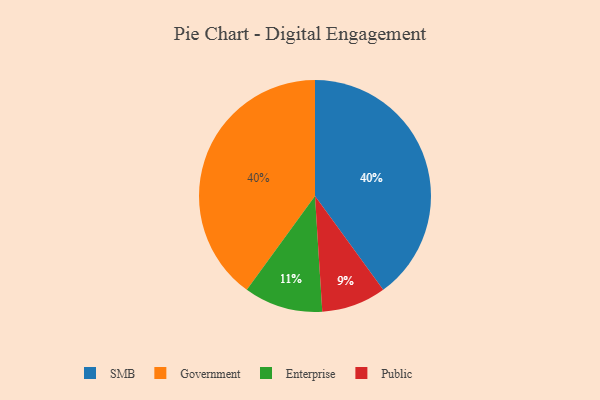
{"axis": {"x": "Category", "y": "Percentage"}, "legend": ["Enterprise", "Government", "Public", "SMB"], "data": [{"x": "SMB", "y": 40, "type": "SMB"}, {"x": "Government", "y": 40, "type": "Government"}, {"x": "Enterprise", "y": 11, "type": "Enterprise"}, {"x": "Public", "y": 9, "type": "Public"}]}